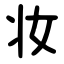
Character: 妆